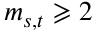
m _ { s , t } \geqslant 2